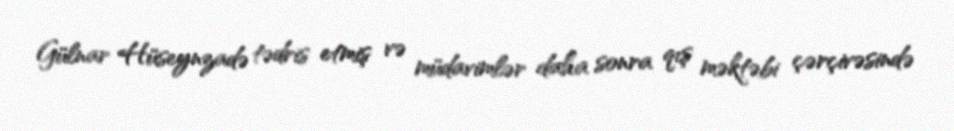
Gülnar Hüseynzadə tədris etmiş və müdavimlər daha sonra qış məktəbi çərçivəsində